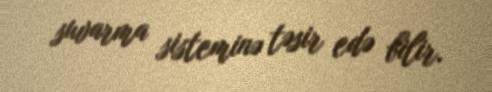
suvarma sisteminə təsir edə bilir.